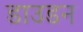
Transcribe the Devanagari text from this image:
डाउडन